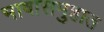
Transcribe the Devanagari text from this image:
भाषासमुहात